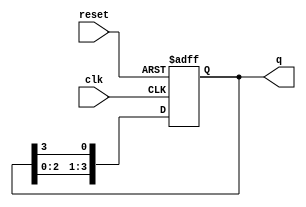
module ring_counter (
    input wire clk,          // Clock input
    input wire reset,        // Asynchronous reset input
    output reg [3:0] q       // 4-bit output representing the state of the ring counter
);

    // Initial state of the ring counter
    initial begin
        q = 4'b1000; // Start with the first flip-flop set to '1'
    end

    // Synchronous process
    always @(posedge clk or posedge reset) begin
        if (reset) begin
            q <= 4'b1000; // Reset to initial state
        end else begin
            // Shift the '1' to the right
            q <= {q[2:0], q[3]}; // Shift the bits and wrap around
        end
    end

endmodule